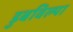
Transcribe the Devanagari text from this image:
डुबविल्या